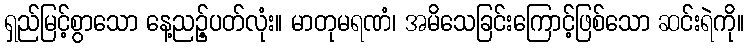
ရှည်မြင့်စွာသော နေ့ညဉ့်ပတ်လုံး။ မာတုမရဏံ၊ အမိသေခြင်းကြောင့်ဖြစ်သော ဆင်းရဲကို။